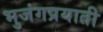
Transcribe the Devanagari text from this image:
भुजंगप्रयाती